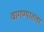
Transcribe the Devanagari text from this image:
वागण्यातला